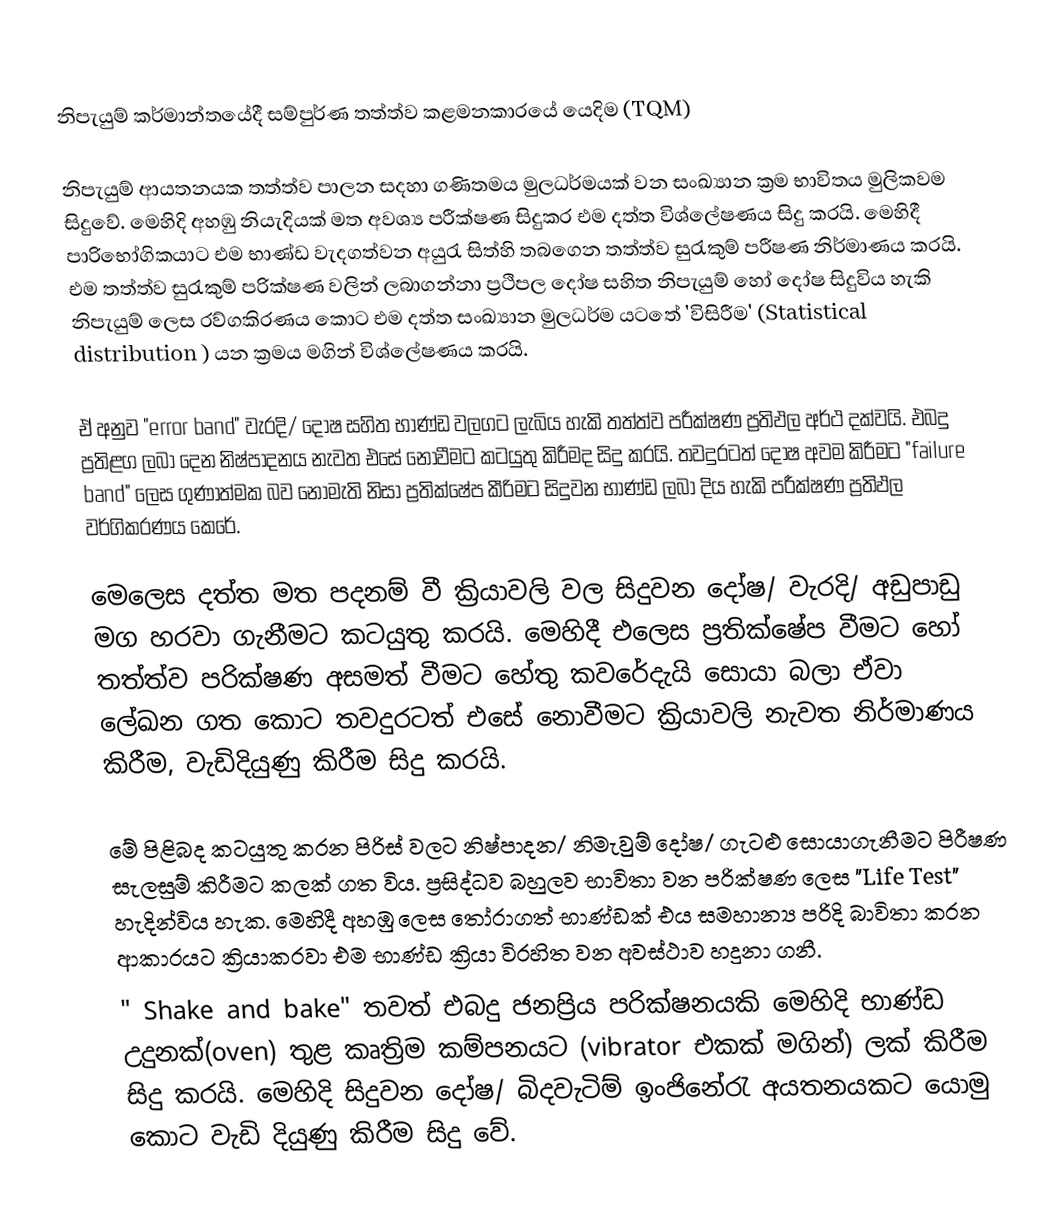
නිපැයුම් කර්මාන්තයේදී සම්පුර්ණ තත්ත්ව කළමනකාරයේ යෙදිම (TQM)

නිපැයුම් ආයතනයක තත්ත්ව පාලන සදහා ගණිතමය මුලධර්මයක් වන සංඛ්‍යාන ක්‍රම භාවිතය මුලිකවම සිදුවේ. මෙහිදි අහඹු නියැදියක් මත අවශ්‍ය පරීක්ෂණ සිදුකර එම දත්ත විශ්ලේෂණය සිදු කරයි. මෙහිදී පාරිභෝගිකයාට එම භාණ්ඩ වැදගත්වන අයුරැ සිත්හි තබගෙන තත්ත්ව සුරැකුම් පරීෂණ නිර්මාණය කරයි. එම තත්ත්ව සුරැකුම් පරික්ෂණ වලින් ලබාගන්නා ප්‍රථිපල දෝෂ සහිත නිපැයුම් හෝ දෝෂ සිදුවිය හැකි නිපැයුම් ලෙස රව්ගකිරණය කොට එම දත්ත සංඛ්‍යාන මුලධර්ම යටතේ 'විසිරීම' (Statistical distribution ) යන ක්‍රමය මගින් විශ්ලේෂණය කරයි.

ඒ  අනුව "error band" වැරදි/ දෝෂ සහිත භාණ්ඩ වලගට ලැබිය හැකි තත්ත්ව පරීක්ෂණ ප්‍රතිඵල අර්ථ දක්වයි. එබදු ප්‍රතිළග ලබා දෙන නිෂ්පාදනය නැවත එසේ නොවීමට කටයුතු කිරීමද සිදු කරයි. තවදුරටත් දෝෂ අවම කිරීමට  "failure band" ලෙස ගුණාත්මක බව නොමැති නිසා ප්‍රතික්ෂේප කීරිමට සිදුවන භාණ්ඩ ලබා දිය හැකි පරීක්ෂණ ප්‍රතිඵල වර්ගිකරණය කෙරේ.

	මෙලෙස දත්ත මත පදනම් වී ක්‍රියාවලි වල සිදුවන දෝෂ/ වැරදි/ අඩුපාඩු මග හරවා ගැනීමට කටයුතු කරයි. මෙහිදී එලෙස ප්‍රතික්ෂේප වීමට හෝ තත්ත්ව පරික්ෂණ අසමත් වීමට හේතු කවරේදැයි සොයා බලා ඒවා ලේඛන ගත කොට තවදුරටත් එසේ නොවීමට ක්‍රියාවලි නැවත නිර්මාණය කිරීම, වැඩිදියුණු කිරීම සිදු කරයි.

මේ පිළිබද කටයුතු කරන පිරිස් වලට නිෂ්පාදන/ නිමැවුම් දෝෂ/ ගැටළු සොයාගැනීමට පිරීෂණ සැලසුම් කිරීමට කලක් ගත විය. ප්‍රසිද්ධව බහුලව භාවිතා වන පරික්ෂණ ලෙස "Life Test" හැදින්විය හැක. මෙහිදී අහඹු ලෙස තෝරාගත් භාණ්ඩක් එය සමහාන්‍ය පරිදි බාවිතා කරන ආකාරයට ක්‍රියාකරවා එම භාණ්ඩ ක්‍රියා විරහිත වන අවස්ථාව හදුනා ගනී.
" Shake and bake"  තවත් එබදු ජනප්‍රිය පරික්ෂනයකි මෙහිදි භාණ්ඩ උදුනක්(oven)  තුළ කෘත්‍රිම කම්පනයට (vibrator එකක් මගින්) ලක් කිරීම සිදු කරයි. මෙහිදි සිදුවන දෝෂ/ බිදවැටිම් ඉංජිනේරැ අයතනයකට යොමු කොට වැඩි දියුණු කිරීම සිදු වේ.